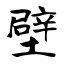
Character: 壁